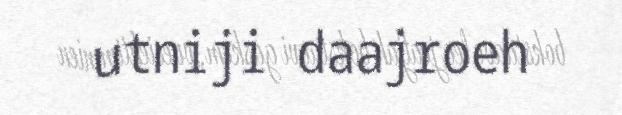
utniji daajroeh